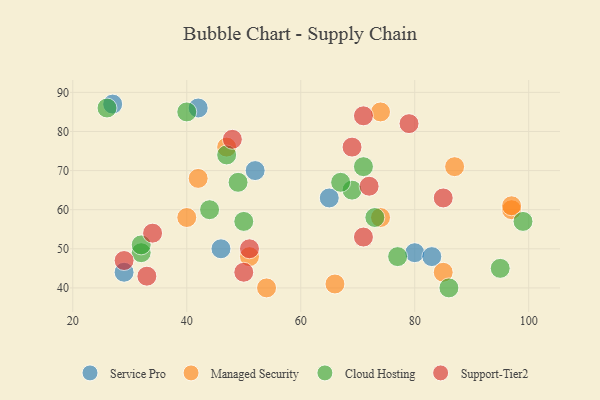
{"axis": {"x": "GDP", "y": "Life Expectancy"}, "legend": ["Cloud Hosting", "Managed Security", "Service Pro", "Support-Tier2"], "data": [{"x": "42", "y": 86, "type": "Service Pro"}, {"x": "65", "y": 63, "type": "Service Pro"}, {"x": "80", "y": 49, "type": "Service Pro"}, {"x": "52", "y": 70, "type": "Service Pro"}, {"x": "83", "y": 48, "type": "Service Pro"}, {"x": "46", "y": 50, "type": "Service Pro"}, {"x": "27", "y": 87, "type": "Service Pro"}, {"x": "29", "y": 44, "type": "Service Pro"}, {"x": "40", "y": 58, "type": "Managed Security"}, {"x": "54", "y": 40, "type": "Managed Security"}, {"x": "51", "y": 48, "type": "Managed Security"}, {"x": "97", "y": 60, "type": "Managed Security"}, {"x": "74", "y": 85, "type": "Managed Security"}, {"x": "97", "y": 61, "type": "Managed Security"}, {"x": "66", "y": 41, "type": "Managed Security"}, {"x": "74", "y": 58, "type": "Managed Security"}, {"x": "42", "y": 68, "type": "Managed Security"}, {"x": "85", "y": 44, "type": "Managed Security"}, {"x": "47", "y": 76, "type": "Managed Security"}, {"x": "87", "y": 71, "type": "Managed Security"}, {"x": "69", "y": 65, "type": "Cloud Hosting"}, {"x": "44", "y": 60, "type": "Cloud Hosting"}, {"x": "73", "y": 58, "type": "Cloud Hosting"}, {"x": "49", "y": 67, "type": "Cloud Hosting"}, {"x": "50", "y": 57, "type": "Cloud Hosting"}, {"x": "32", "y": 49, "type": "Cloud Hosting"}, {"x": "47", "y": 74, "type": "Cloud Hosting"}, {"x": "67", "y": 67, "type": "Cloud Hosting"}, {"x": "71", "y": 71, "type": "Cloud Hosting"}, {"x": "99", "y": 57, "type": "Cloud Hosting"}, {"x": "95", "y": 45, "type": "Cloud Hosting"}, {"x": "32", "y": 51, "type": "Cloud Hosting"}, {"x": "77", "y": 48, "type": "Cloud Hosting"}, {"x": "26", "y": 86, "type": "Cloud Hosting"}, {"x": "40", "y": 85, "type": "Cloud Hosting"}, {"x": "86", "y": 40, "type": "Cloud Hosting"}, {"x": "33", "y": 43, "type": "Support-Tier2"}, {"x": "85", "y": 63, "type": "Support-Tier2"}, {"x": "50", "y": 44, "type": "Support-Tier2"}, {"x": "72", "y": 66, "type": "Support-Tier2"}, {"x": "48", "y": 78, "type": "Support-Tier2"}, {"x": "34", "y": 54, "type": "Support-Tier2"}, {"x": "51", "y": 50, "type": "Support-Tier2"}, {"x": "29", "y": 47, "type": "Support-Tier2"}, {"x": "79", "y": 82, "type": "Support-Tier2"}, {"x": "69", "y": 76, "type": "Support-Tier2"}, {"x": "71", "y": 84, "type": "Support-Tier2"}, {"x": "71", "y": 53, "type": "Support-Tier2"}]}